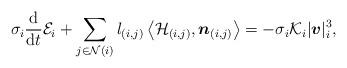
LaTeX: \begin{align*} \sigma_i\displaystyle\frac{\rm d}{{\rm d}t}{\cal E}_i+\sum\limits_{j\in{\cal N}(i)}l_{(i,j)}\left<{\cal H}_{(i,j)},\boldsymbol{n}_{(i,j)}\right>=-\sigma_i{\cal K}_i|\boldsymbol{v}|^3_i, \end{align*}